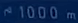
1000 m